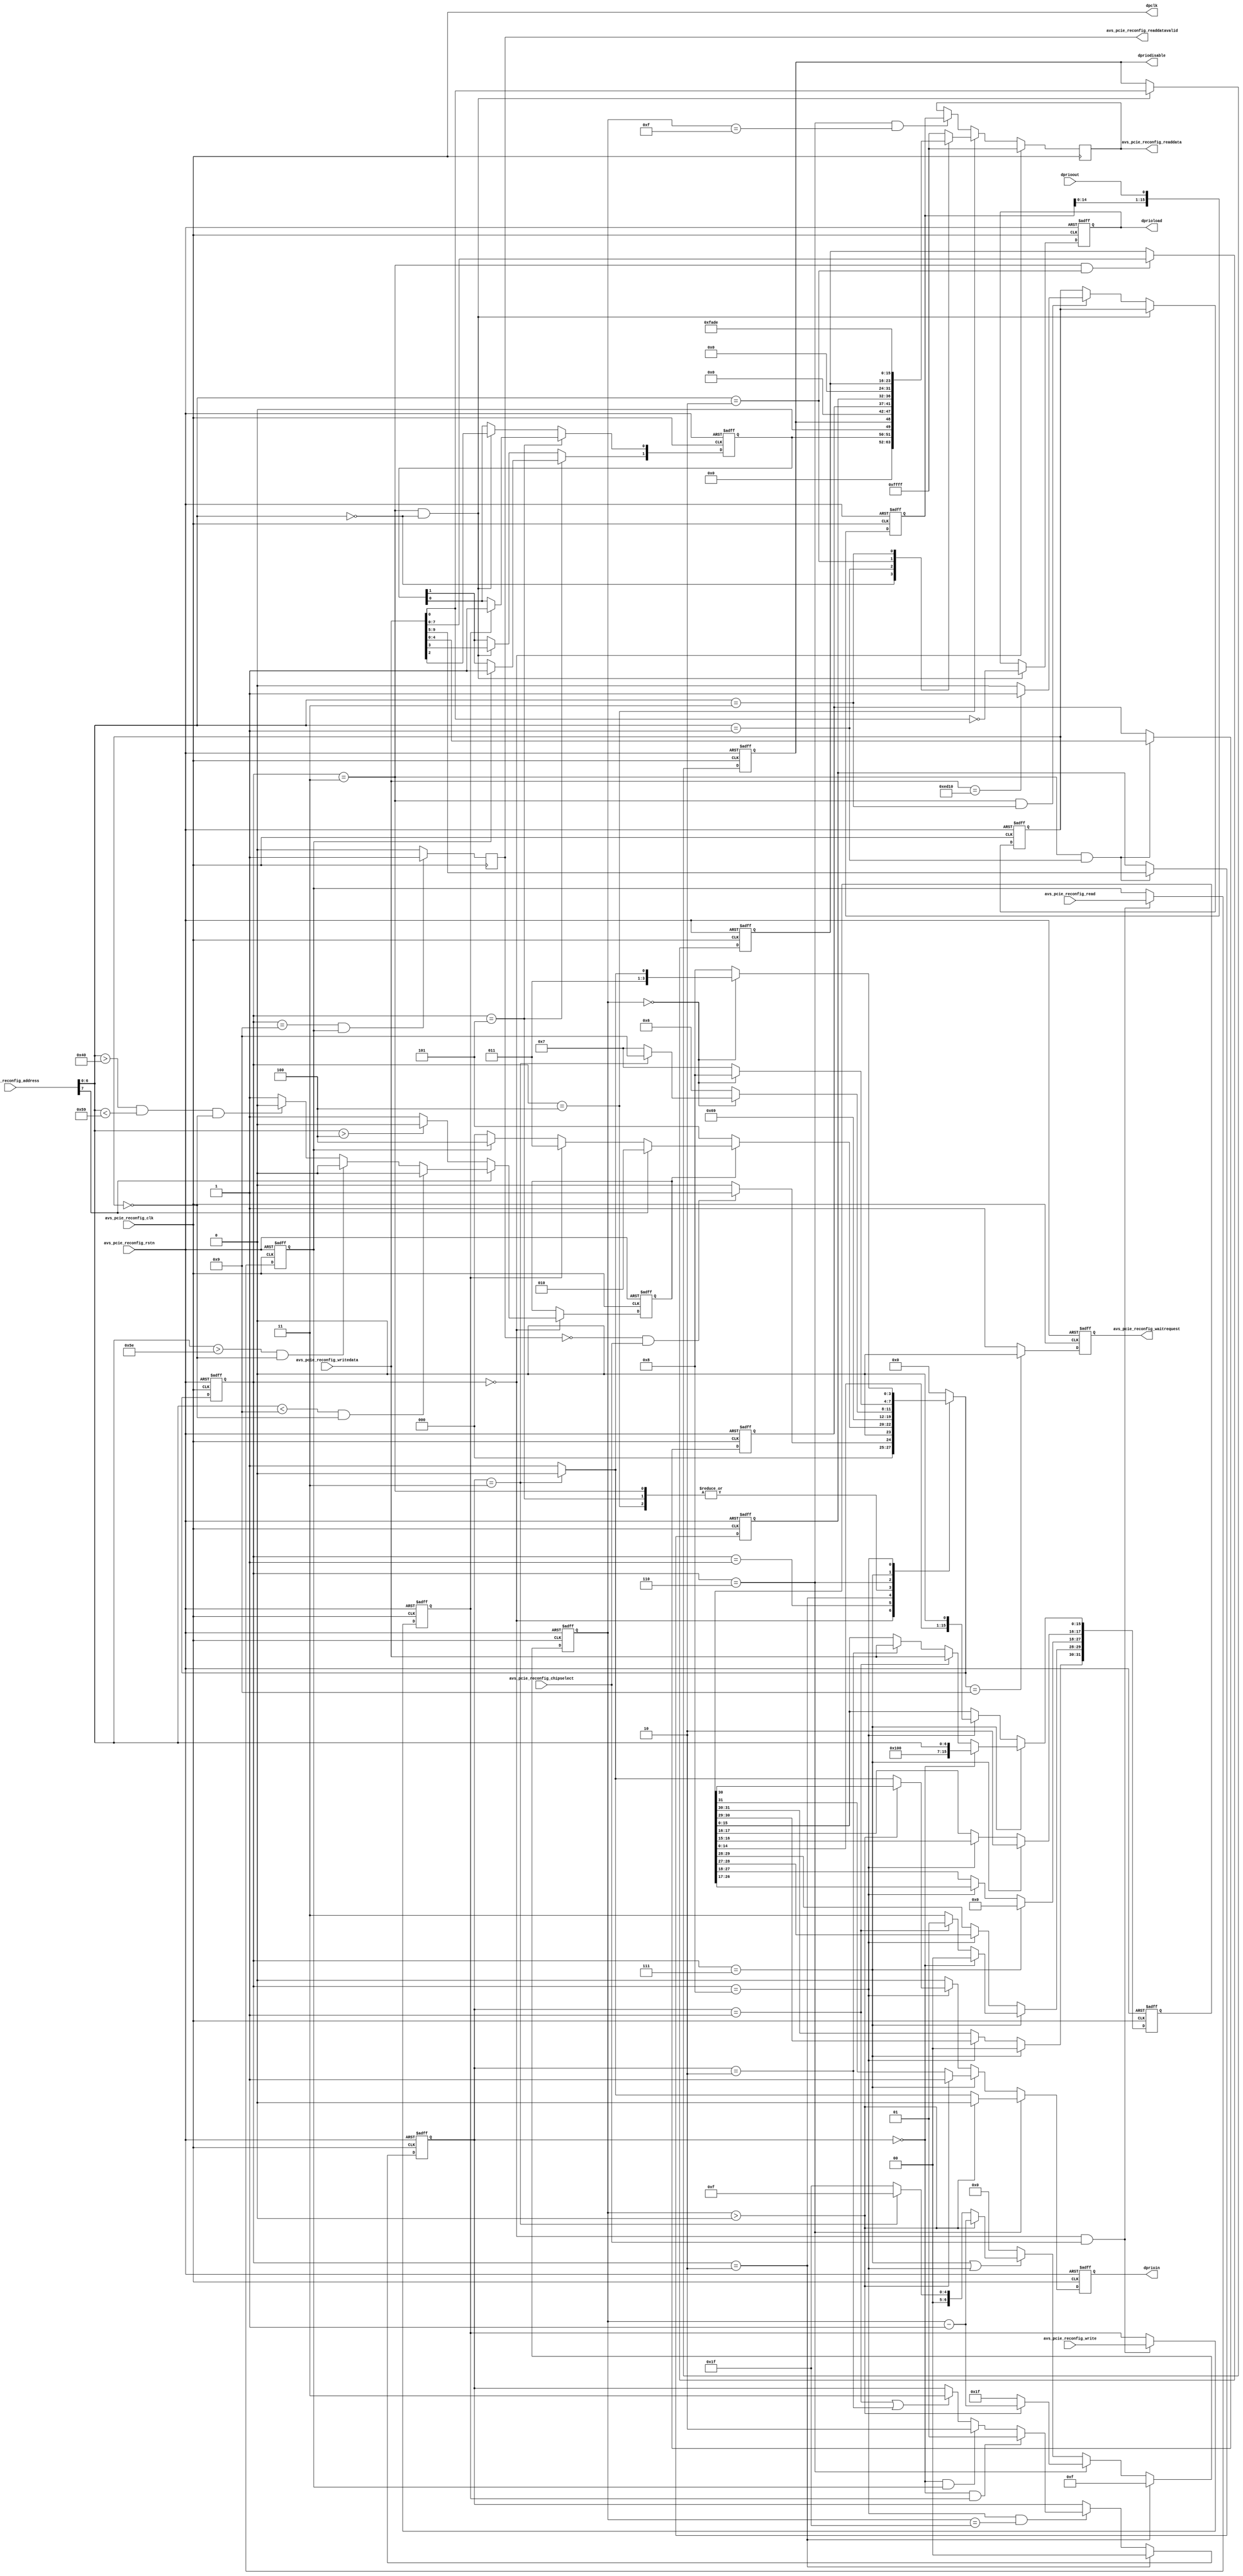
// (C) 2001-2012 Altera Corporation. All rights reserved.
// Your use of Altera Corporation's design tools, logic functions and other 
// software and tools, and its AMPP partner logic functions, and any output 
// files any of the foregoing (including device programming or simulation 
// files), and any associated documentation or information are expressly subject 
// to the terms and conditions of the Altera Program License Subscription 
// Agreement, Altera MegaCore Function License Agreement, or other applicable 
// license agreement, including, without limitation, that your use is for the 
// sole purpose of programming logic devices manufactured by Altera and sold by 
// Altera or its authorized distributors.  Please refer to the applicable 
// agreement for further details.


//Legal Notice: (C)2007 Altera Corporation. All rights reserved.  Your
//use of Altera Corporation's design tools, logic functions and other
//software and tools, and its AMPP partner logic functions, and any
//output files any of the foregoing (including device programming or
//simulation files), and any associated documentation or information are
//expressly subject to the terms and conditions of the Altera Program
//License Subscription Agreement or other applicable license agreement,
//including, without limitation, that your use is for the sole purpose
//of programming logic devices manufactured by Altera and sold by Altera
//or its authorized distributors.  Please refer to the applicable
//agreement for further details.


//
// Avalon-MM slave bridge to the DPRIO HIP serial input
//
// Address Translation
//
// ----------------------------------------------------------
//  Addr[15:8] |
// -----------------------------------------------------------
//  0x00       |  Control register
//  0x01       |  HIP DPRIO PCIe config register
//  0x00       |  HIP DPRIO Extended register
//  Other      |  Reserved
//             |
//
// Control Register
// ----------------------------------------------------------
//  Addr[7:0]  |  Data
// -----------------------------------------------------------
//  0x00       |  Data[0]    (R/W): 0 enable dprio
//             |                    1 Disable dprio use csr
//             |                     (--> original configuration)
//             |
//             |  Data[1]    (R/W): RESERVED
//             |  Data[2]    (R/W): Indicate error : Unsupported write address
//             |  Data[3]    (R/W): Indicate error : Unsupported read address
//             |  Data[4]    (R/W): Enable extended dprio access
//             |                    in addition to PCIe address
//             |  Data[15:1] (R/W): RESERVED
//  0x01       |  Data[4:0]  (R/W): Device address
//             |  Data[9:5]  (R/W): port address
//  0x02       |  Data[8:0]  (R/W): bases address
//  0x03       |  Data[15:0] (R/W): when 16'hED10  enable dprio accross all register

// HIP DPRIO Register
// -----------------------------------------------------------
//  Addr[7:0]  |  Data
// -----------------------------------------------------------
//  0x00  0x08 | reserved
//  0x09  0x20 | k_conf
//  0x21  0x2F | k_bar
//  0x30  0x37 | k_cnt
//  0x38  0x3B | k_vc0
//  0x3C  0x3F | k_vc1
//  0x40  0x58 | reserved
//  0x59  0x5B | k_ptr0
//  0x5C  0x5E | k_ptr1
//  0x5F  0xFF | reserved

`timescale 1ns / 1ps

module altpcie_pcie_reconfig_bridge (

  input [  7: 0]     avs_pcie_reconfig_address,
  input              avs_pcie_reconfig_chipselect,
  input              avs_pcie_reconfig_write,
  input [ 15: 0]     avs_pcie_reconfig_writedata,
  output reg         avs_pcie_reconfig_waitrequest,
  input              avs_pcie_reconfig_read,
  output reg [15: 0] avs_pcie_reconfig_readdata,
  output reg         avs_pcie_reconfig_readdatavalid,
  input              avs_pcie_reconfig_clk, // 50 MHz
  input              avs_pcie_reconfig_rstn,

  // DPRIO Interface
   output   reg dpriodisable,
   output   reg dprioin,
   output   reg dprioload,
   output   dpclk,
   input    dprioout

   );

parameter device_address=0;
parameter port_address  =0;
parameter base_address  =0;
parameter implement_address_checking  =1;

localparam IDLE_ST            =0,
           CHECK_ADDR_ST      =1,
           MDIO_START_ST      =2,
           CTRL_WR_ST         =3,
           CTRL_RD_ST         =4,
           ERR_ST             =5,
           MDIO_CLR_ST        =6,
           MDIO_PRE_ST        =7,
           MDIO_FRAME_ST      =8,
           CLEAR_WAITREQ_ST   =9;

localparam  MDIO_ADDR   =2'b00,
            MDIO_WRITE  =2'b01,
            MDIO_READ   =2'b10,
            MDIO_END    =2'b11;

reg [3:0] cstate;
reg [3:0] nstate;
reg [1:0] error_status;

reg  [4:0] hip_dev_addr;
reg  [4:0] hip_port_addr;
reg  [7:0] hip_base_addr;

reg [31:0] shift_dprioin;
reg [15:0] shift_dprioout;
reg [6:0]  count_mdio_st;
reg [1:0]  mdio_cycle;
reg        read_cycle;
reg        write_cycle;
wire       valid_address;
reg        valid_addrreg;
reg        extended_dprio_access;

   assign dpclk         = avs_pcie_reconfig_clk;

   // state machine
   always @*
   case (cstate)
   //TODO : Confirm that Avalon-MM read and write at the same time is illegal
   //TODO : Confirm that read or write, chipselect can not be de-asserted until
   //       waitrequest is de-asserted
      IDLE_ST: begin
         if ((avs_pcie_reconfig_readdatavalid==1'b0)&&(avs_pcie_reconfig_chipselect==1'b1))
            nstate <= CHECK_ADDR_ST;
         else
            nstate <= IDLE_ST;
      end
      CHECK_ADDR_ST:
      begin
         if (valid_address==1'b0)
            nstate <= ERR_ST;
         else if (avs_pcie_reconfig_address[7] == 1'b1)
            nstate <= MDIO_START_ST;
         else if (write_cycle==1'b1)
            nstate <= CTRL_WR_ST;
         else if (read_cycle==1'b1)
            nstate <= CTRL_RD_ST;
         else
            nstate <= IDLE_ST;
      end
      MDIO_START_ST:
         nstate <= MDIO_CLR_ST;
      CTRL_WR_ST:
         nstate <= CLEAR_WAITREQ_ST;
      CTRL_RD_ST:
         nstate <= CLEAR_WAITREQ_ST;
      ERR_ST:
         nstate <= CLEAR_WAITREQ_ST;
      MDIO_CLR_ST:
      //send 16 zero's to clear the MDIO state machine
      //TODO : Check if it's necessary for every read/write transaction or if it's only
      // necessary after the first reset
         if (count_mdio_st==0)  begin
            if (mdio_cycle==MDIO_END)
               nstate <= CLEAR_WAITREQ_ST;
            else
               nstate <= MDIO_PRE_ST;
         end
         else
            nstate <= MDIO_CLR_ST;
      MDIO_PRE_ST:
      // Preamble 32-bit 1's
         if (count_mdio_st==0)
            nstate <= MDIO_FRAME_ST;
         else
            nstate <= MDIO_PRE_ST;
      MDIO_FRAME_ST:
         if (count_mdio_st==0) begin
            if (mdio_cycle==MDIO_END)
               nstate <= MDIO_CLR_ST;
            else
               nstate <= MDIO_PRE_ST;
         end
         else
            nstate <= MDIO_FRAME_ST;
      CLEAR_WAITREQ_ST:
         nstate <= IDLE_ST;
      default:
         nstate <= IDLE_ST;
   endcase

   always @ (negedge avs_pcie_reconfig_rstn or posedge avs_pcie_reconfig_clk) begin
      if (avs_pcie_reconfig_rstn==1'b0)
         cstate <= IDLE_ST;
      else
         cstate <= nstate;
   end

   always @ (negedge avs_pcie_reconfig_rstn or posedge avs_pcie_reconfig_clk) begin
      if (avs_pcie_reconfig_rstn==1'b0)
         mdio_cycle <= MDIO_ADDR;
      else if (cstate==MDIO_START_ST)
         mdio_cycle <= MDIO_ADDR;
      else if ((cstate==MDIO_FRAME_ST) && (count_mdio_st==6'h1F)) begin
         if ((mdio_cycle==MDIO_ADDR) && (write_cycle==1'b1))
            mdio_cycle <= MDIO_WRITE;
         else if ((mdio_cycle==MDIO_ADDR) && (read_cycle==1'b1))
            mdio_cycle <= MDIO_READ;
         else if ((mdio_cycle==MDIO_WRITE) || (mdio_cycle==MDIO_READ))
            mdio_cycle <= MDIO_END;
      end
   end

   always @ (negedge avs_pcie_reconfig_rstn or posedge avs_pcie_reconfig_clk) begin
   //TODO Use multiple counter if speed is an issue
      if (avs_pcie_reconfig_rstn==1'b0)
         count_mdio_st <= 0;
      else if (cstate==MDIO_START_ST)
         count_mdio_st <= 6'hF;
      else if (cstate==MDIO_CLR_ST) begin
         if (count_mdio_st>0)
            count_mdio_st<=count_mdio_st-1;
         else
            count_mdio_st<=6'h1F;
      end
      else if ((cstate==MDIO_PRE_ST)||(cstate==MDIO_FRAME_ST)) begin
         if (count_mdio_st>0)
            count_mdio_st<=count_mdio_st-1;
         else if (mdio_cycle==MDIO_END)
            count_mdio_st <= 6'hF;
         else
            count_mdio_st<=6'h1F;
      end
      else
         count_mdio_st <= 0;
   end

   // MDIO dprioin, dprioload
   always @ (negedge avs_pcie_reconfig_rstn or posedge avs_pcie_reconfig_clk) begin
      if (avs_pcie_reconfig_rstn==1'b0)
         shift_dprioin <= 32'h0;
      else if (cstate==MDIO_PRE_ST) begin
         // ST bits - Start of frame
         shift_dprioin[31:30]<=2'b00;
         // OP bits - Op Codes
         if (mdio_cycle==MDIO_ADDR)
            shift_dprioin[29:28]<=2'b00;
         else if (mdio_cycle == MDIO_WRITE)
            shift_dprioin[29:28]<=2'b01;
         else  // READ
            shift_dprioin[29:28]=2'b11;
         // Port, Device address
         shift_dprioin[27:18] <= {port_address[4:0], device_address[4:0]};
         // TA Bits Turnaround
         // TODO : Check TA bit 0 which supposed to be Z for read?
         shift_dprioin[17:16] <= 2'b10;
         if (mdio_cycle==MDIO_ADDR)
         // 0x80 is the range for vendor specific (altera) registers according to XAUI spec
            shift_dprioin[15:0] = {8'h80,1'b0,avs_pcie_reconfig_address[6:0]};
         else if (mdio_cycle==MDIO_WRITE)
            shift_dprioin[15:0] = avs_pcie_reconfig_writedata[15:0];
         else if (mdio_cycle==MDIO_READ)
            shift_dprioin[15:0] = avs_pcie_reconfig_writedata[15:0];
      end
      else if (cstate==MDIO_FRAME_ST)
         shift_dprioin[31:0] <= {shift_dprioin[30:0],1'b0};
   end

   always @ (negedge avs_pcie_reconfig_rstn or posedge avs_pcie_reconfig_clk) begin
      if (avs_pcie_reconfig_rstn==1'b0) begin
         dprioin     <= 1'b0;
      end
      else if (cstate==MDIO_CLR_ST) begin
         if (count_mdio_st>0)
            dprioin     <= 1'b0;
         else if (mdio_cycle==MDIO_END)
            dprioin     <= 1'b0;
         else
            dprioin     <= 1'b1;
      end
      else if (cstate==MDIO_PRE_ST) begin
         if (count_mdio_st>0)
            dprioin     <= 1'b1;
         else
            dprioin     <= shift_dprioin[31];
      end
      else if (cstate==MDIO_FRAME_ST) begin
      // MDIO : MSB first
         if (count_mdio_st>0)
            dprioin     <= shift_dprioin[30];
         else if (mdio_cycle==MDIO_END)
            dprioin <=1'b0;
         else
            dprioin <=1'b1;
      end
      else
         dprioin     <= 1'b0;
   end

   always @ (negedge avs_pcie_reconfig_rstn or posedge avs_pcie_reconfig_clk) begin
      if (avs_pcie_reconfig_rstn==1'b0)
         shift_dprioout <= 16'h0;
      else
         shift_dprioout[15:0] <= {shift_dprioout[14:0],dprioout};
   end

   // MDIO and status registers  dpriodisable , dprioload
   always @ (negedge avs_pcie_reconfig_rstn or posedge avs_pcie_reconfig_clk) begin
      if (avs_pcie_reconfig_rstn==1'b0) begin
         dpriodisable <= 1'b1;
         dprioload    <= 1'b0;
         extended_dprio_access <=1'b0;
      end
      else if ((cstate==CTRL_WR_ST) &&
               (avs_pcie_reconfig_address[6:0] == 7'h00 )) begin
         dpriodisable <= avs_pcie_reconfig_writedata[0];
         dprioload    <= ~avs_pcie_reconfig_writedata[0];
      end
      else if ((cstate==CTRL_WR_ST) &&
               (avs_pcie_reconfig_address[6:0] == 7'h03 )) begin
         extended_dprio_access <= (avs_pcie_reconfig_writedata==16'hED10)?1'b1:1'b0;
      end
   end

   // Avalon-MM Wait request
   always @ (negedge avs_pcie_reconfig_rstn or posedge avs_pcie_reconfig_clk) begin
      if (avs_pcie_reconfig_rstn==1'b0)
         avs_pcie_reconfig_waitrequest <= 1'b1;
      else if (nstate == CLEAR_WAITREQ_ST)
         avs_pcie_reconfig_waitrequest <= 1'b0;
      else
         avs_pcie_reconfig_waitrequest <= 1'b1;
   end

   // Error Status registers
   always @ (negedge avs_pcie_reconfig_rstn or posedge avs_pcie_reconfig_clk) begin
      if (avs_pcie_reconfig_rstn==1'b0)
         error_status[1:0] <= 2'b00;
      else if (cstate==ERR_ST) begin
         if (write_cycle==1'b1)
            error_status[0] <= 1'b1;
         if (read_cycle==1'b1)
            error_status[1] <= 1'b1;
      end
      else if ((cstate == CTRL_WR_ST) &&
                  (avs_pcie_reconfig_address[6:0] == 7'h00))
         // Clear error status registers
         error_status[1:0] <= avs_pcie_reconfig_writedata[3:2];
      end

   always @ (negedge avs_pcie_reconfig_rstn or posedge avs_pcie_reconfig_clk) begin
      if (avs_pcie_reconfig_rstn==1'b0) begin
         // Default parameter
         hip_dev_addr   <= device_address;
         hip_port_addr  <= port_address;
      end
      else if ((cstate==CTRL_WR_ST) &&
               (avs_pcie_reconfig_address[6:0] == 7'h01 )) begin
         hip_dev_addr   <= avs_pcie_reconfig_writedata[4:0];
         hip_port_addr  <= avs_pcie_reconfig_writedata[9:5];
      end
   end

   always @ (negedge avs_pcie_reconfig_rstn or posedge avs_pcie_reconfig_clk) begin
      if (avs_pcie_reconfig_rstn==1'b0)
         // Default parameter
         hip_base_addr  <= base_address;
      else if ((cstate==CTRL_WR_ST) &&
               (avs_pcie_reconfig_address[6:0] == 7'h02 ))
         hip_base_addr   <= avs_pcie_reconfig_writedata[7:0];
   end

   always @ (posedge avs_pcie_reconfig_clk) begin
      if (cstate==IDLE_ST)
         avs_pcie_reconfig_readdata      <= 16'hFFFF;
      else if (cstate==CTRL_RD_ST)
         case (avs_pcie_reconfig_address[6:0])
            7'h0     : avs_pcie_reconfig_readdata <= {12'h0,error_status[1:0], 1'b0, dpriodisable};
            7'h1     : avs_pcie_reconfig_readdata <= {6'h0,hip_dev_addr[4:0], hip_port_addr[4:0]};
            7'h2     : avs_pcie_reconfig_readdata <= {8'h0,hip_base_addr[7:0]};
            7'h3     : avs_pcie_reconfig_readdata <= 16'hFADE;
            default  : avs_pcie_reconfig_readdata <= 16'hFFFF;
         endcase
      else if ((cstate==MDIO_CLR_ST)&&(count_mdio_st==6'hF))
         avs_pcie_reconfig_readdata  <= shift_dprioout;
   end

   always @ (posedge avs_pcie_reconfig_clk) begin
      if ((cstate==CLEAR_WAITREQ_ST)&&(read_cycle==1'b1))
         avs_pcie_reconfig_readdatavalid <=1'b1;
      else
         avs_pcie_reconfig_readdatavalid <=1'b0;
   end

   always @ (negedge avs_pcie_reconfig_rstn or posedge avs_pcie_reconfig_clk) begin
      if (avs_pcie_reconfig_rstn==1'b0) begin
         read_cycle  <= 1'b0;
         write_cycle <= 1'b0;
      end
      else if ((cstate==IDLE_ST) && (avs_pcie_reconfig_chipselect==1'b1)) begin
         read_cycle  <= avs_pcie_reconfig_read;
         write_cycle <= avs_pcie_reconfig_write;
      end
   end

   assign valid_address = (implement_address_checking==0)?1'b1:valid_addrreg;

   always @ (negedge avs_pcie_reconfig_rstn or posedge avs_pcie_reconfig_clk) begin
      if (avs_pcie_reconfig_rstn==1'b0)
         valid_addrreg  <= 1'b1;
      else if (cstate==IDLE_ST) begin
         if (avs_pcie_reconfig_address[7]==1'b0) begin
         // Control register address space
            if (avs_pcie_reconfig_address[6:0] > 7'h4)
               valid_addrreg <=1'b0;
            else
               valid_addrreg <=1'b1;
         end
         else begin
         // MDIO register HIP address space
            if ((avs_pcie_reconfig_address[6:0] < 7'h9) && (extended_dprio_access==1'b0))
               valid_addrreg <=1'b0;
            else if ((avs_pcie_reconfig_address[6:0] > 7'h5E) && (extended_dprio_access==1'b0))
               valid_addrreg <=1'b0;
            else if ((avs_pcie_reconfig_address[6:0]>7'h40)&&(avs_pcie_reconfig_address[6:0]<7'h59) && (extended_dprio_access==1'b0))
               valid_addrreg <=1'b0;
            else
               valid_addrreg <=1'b1;
         end
      end
   end
endmodule